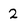
Character: 2